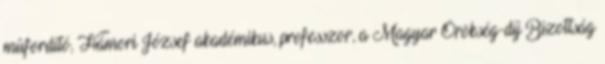
mûfordító, Hámori József akadémikus, professzor, a Magyar Örökség-díj Bizottság